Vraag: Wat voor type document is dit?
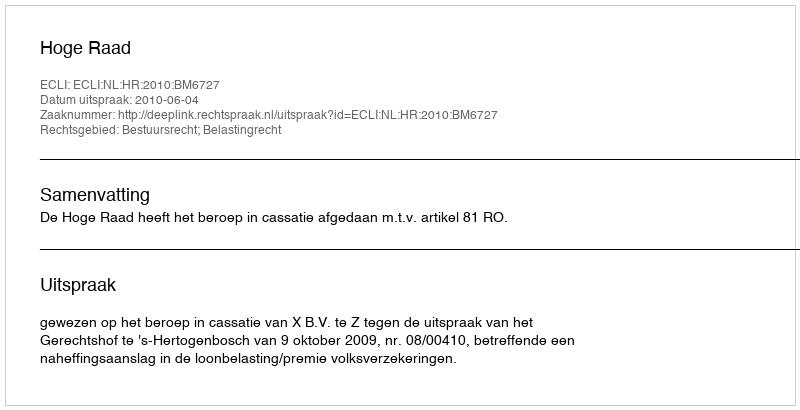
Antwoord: Uitspraak